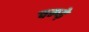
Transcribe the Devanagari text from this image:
चम्प्ड़े